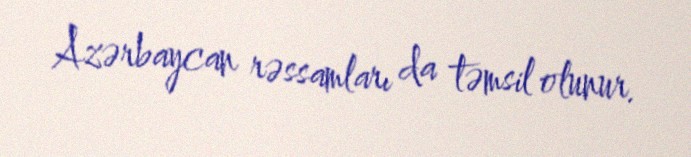
Azərbaycan rəssamları da təmsil olunur.